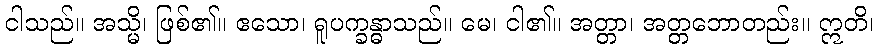
ငါသည်။ အသ္မိ၊ ဖြစ်၏။ ဧသော၊ ရူပက္ခန္ဓာသည်။ မေ၊ ငါ၏။ အတ္တာ၊ အတ္တဘောတည်း။ ဣတိ၊